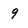
Character: 9